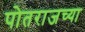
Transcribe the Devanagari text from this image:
पोतराजच्या